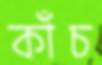
কাঁচ